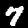
Label: 7